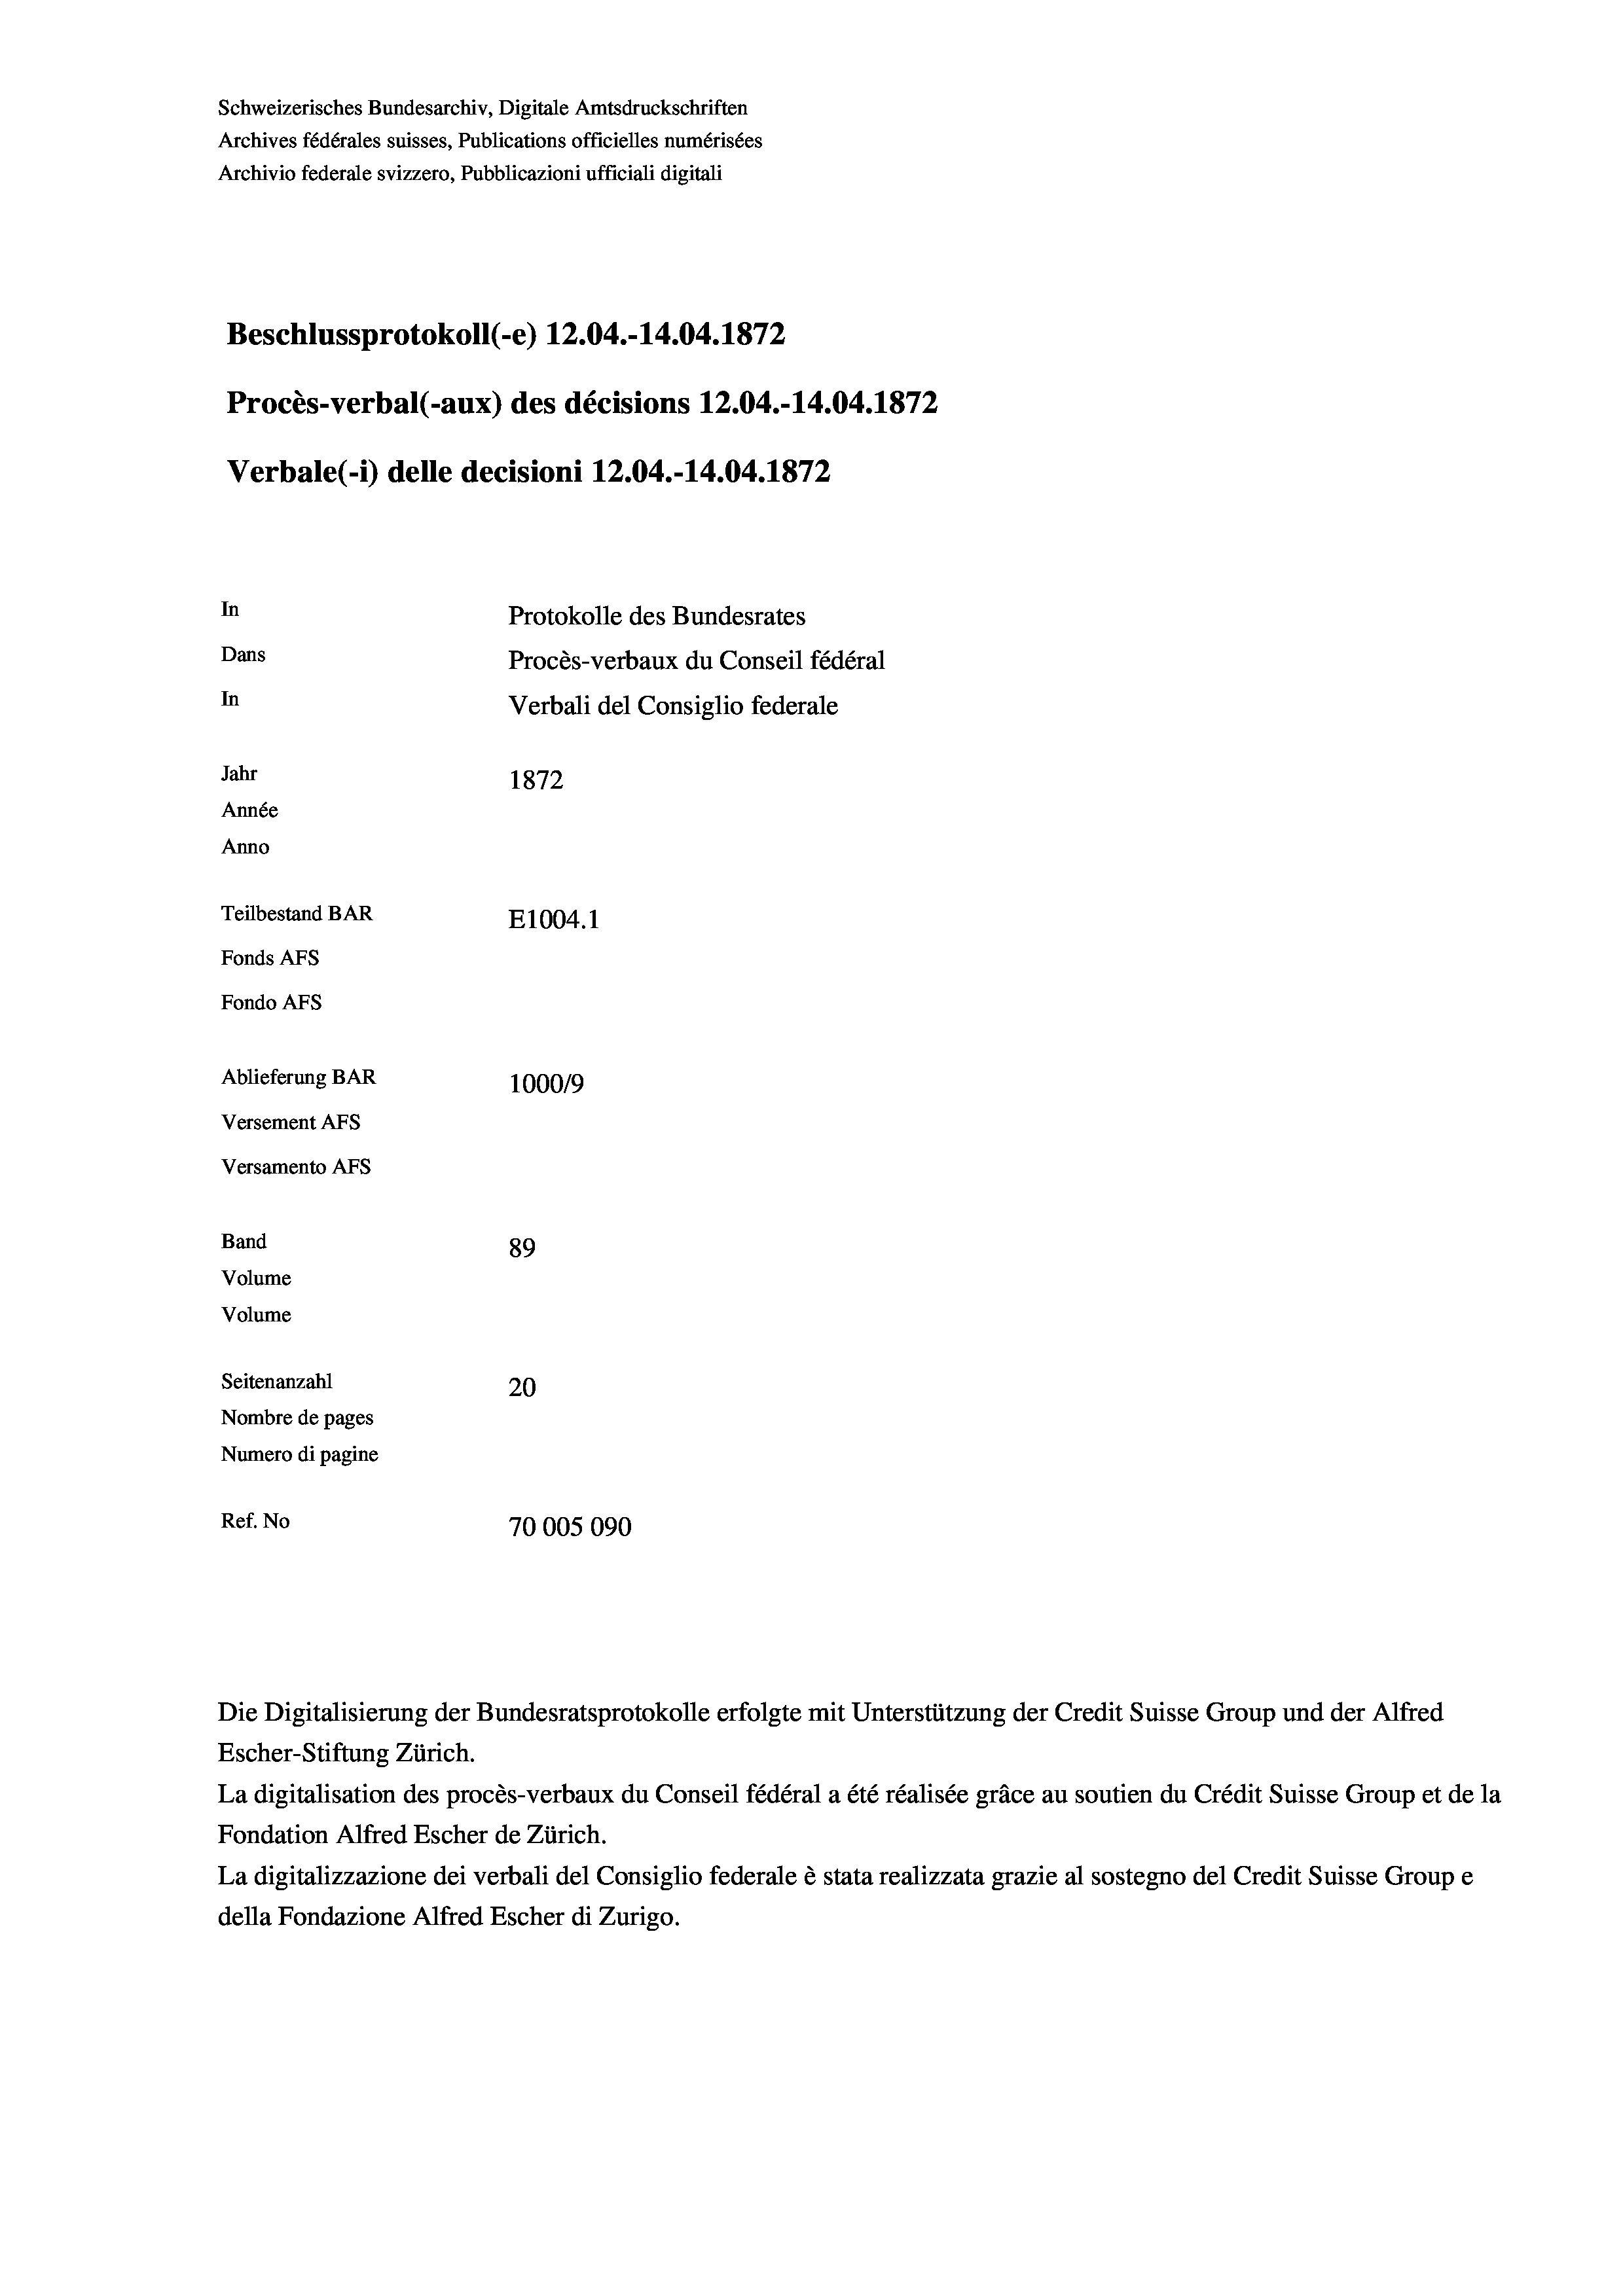
Schweizerisches Bundesarchiv, Digitale Amtsdruckschriften
Archives fédérales suisses, Publications officielles numérisées
Archivio federale svizzero, Pubblicazioni ufficiali digitali
Beschlussprotokoll (-e) 12.04.-14.04. 1872
Procès-verbal (-aux) des décisions 12.04.-14.04. 1872
Verbale (- 1) delle decisioni 12.04.-14.04. 1872
In
Protokolle des Bundesrates
Dans
Procès-verbaux du Conseil fédéral
In
Verbali del Consiglio federale
Jahr
1872
Année
Anno
Teilbestand BAR
E1004. 1
Fonds Afs
Fondo AFs
Ablieferung BAR
100019
Versement AFs
Versamento AFs
Band
89
Volume
Volume
Seitenanzahl
20
Nombre de pages
Numero di pagine
Ref. No
70005090

Escher-Stiftung Zürich.
La digitalisation des procès-verbaux du Conseil fédéral a été réalisée gräce au soutien du Crédit Suisse Group et de la
Fondation Alfred Escher de Zürich.
La digitalizzazione dei verbali del Consiglio federale è stata realizzata grazie al sostegno del Credit Suisse Groupe
della Fondazione Alfred Escher di Zurigo.

Die Digitalisierung der Bundesratsprotokolle erfolgte mit Unterstützung der Credit Suisse Group und der Alfred

t